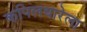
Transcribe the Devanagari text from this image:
कपिलधारेला